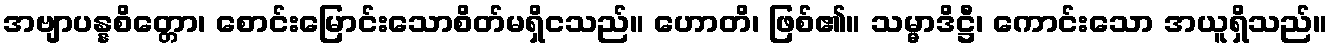
အဗျာပန္နစိတ္တော၊ စောင်းမြောင်းသောစိတ်မရှိငသည်။ ဟောတိ၊ ဖြစ်၏။ သမ္မာဒိဋ္ဌီ၊ ကောင်းသော အယူရှိသည်။